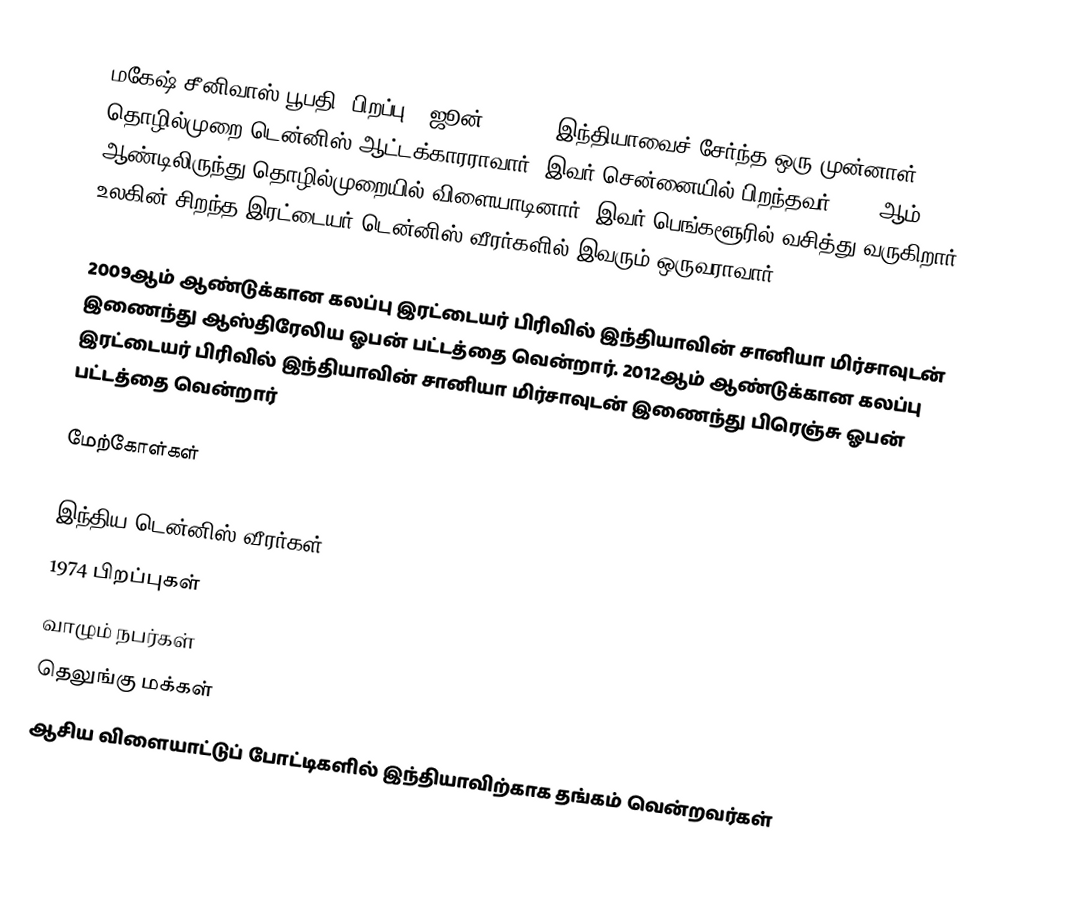
மகேஷ் சீனிவாஸ் பூபதி (பிறப்பு - ஜூன் 7, 1974 இந்தியாவைச் சேர்ந்த ஒரு முன்னாள் தொழில்முறை டென்னிஸ் ஆட்டக்காரராவார். இவர் சென்னையில் பிறந்தவர். 1995ஆம் ஆண்டிலிருந்து தொழில்முறையில் விளையாடினார். இவர் பெங்களூரில் வசித்து வருகிறார். உலகின் சிறந்த இரட்டையர் டென்னிஸ் வீரர்களில் இவரும் ஒருவராவார்.

2009ஆம் ஆண்டுக்கான கலப்பு இரட்டையர் பிரிவில் இந்தியாவின் சானியா மிர்சாவுடன் இணைந்து ஆஸ்திரேலிய ஓபன் பட்டத்தை வென்றார். 2012ஆம் ஆண்டுக்கான கலப்பு இரட்டையர் பிரிவில் இந்தியாவின் சானியா மிர்சாவுடன் இணைந்து பிரெஞ்சு ஓபன் பட்டத்தை வென்றார்

மேற்கோள்கள்

இந்திய டென்னிஸ் வீரர்கள்
1974 பிறப்புகள்
வாழும் நபர்கள்
தெலுங்கு மக்கள்
ஆசிய விளையாட்டுப் போட்டிகளில் இந்தியாவிற்காக தங்கம் வென்றவர்கள்